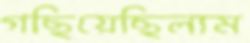
গছিয়েছিলাম